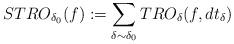
LaTeX: \begin{align*}STRO_{\delta_0}(f):=\sum_{\delta \sim \delta_0}TRO_{\delta}(f,dt_{\delta})\end{align*}